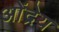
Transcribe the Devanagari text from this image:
ओंद्रेय